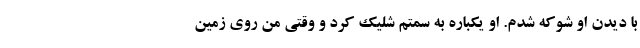
با دیدن او شوکه شدم. او یکباره به سمتم شلیک کرد و وقتی من روی زمین